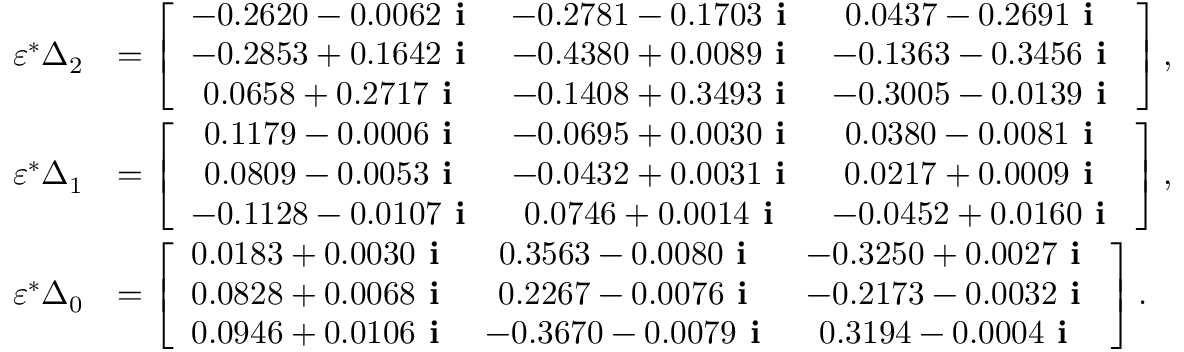
\begin{array} { r l } { \varepsilon ^ { * } \Delta _ { 2 } } & { = \left[ \begin{array} { c c c } { - 0 . 2 6 2 0 - 0 . 0 0 6 2 \textbf { i } } & { - 0 . 2 7 8 1 - 0 . 1 7 0 3 \textbf { i } } & { 0 . 0 4 3 7 - 0 . 2 6 9 1 \textbf { i } } \\ { - 0 . 2 8 5 3 + 0 . 1 6 4 2 \textbf { i } } & { - 0 . 4 3 8 0 + 0 . 0 0 8 9 \textbf { i } } & { - 0 . 1 3 6 3 - 0 . 3 4 5 6 \textbf { i } } \\ { 0 . 0 6 5 8 + 0 . 2 7 1 7 \textbf { i } } & { - 0 . 1 4 0 8 + 0 . 3 4 9 3 \textbf { i } } & { - 0 . 3 0 0 5 - 0 . 0 1 3 9 \textbf { i } } \end{array} \right] , } \\ { \varepsilon ^ { * } \Delta _ { 1 } } & { = \left[ \begin{array} { c c c } { 0 . 1 1 7 9 - 0 . 0 0 0 6 \textbf { i } } & { - 0 . 0 6 9 5 + 0 . 0 0 3 0 \textbf { i } } & { 0 . 0 3 8 0 - 0 . 0 0 8 1 \textbf { i } } \\ { 0 . 0 8 0 9 - 0 . 0 0 5 3 \textbf { i } } & { - 0 . 0 4 3 2 + 0 . 0 0 3 1 \textbf { i } } & { 0 . 0 2 1 7 + 0 . 0 0 0 9 \textbf { i } } \\ { - 0 . 1 1 2 8 - 0 . 0 1 0 7 \textbf { i } } & { 0 . 0 7 4 6 + 0 . 0 0 1 4 \textbf { i } } & { - 0 . 0 4 5 2 + 0 . 0 1 6 0 \textbf { i } } \end{array} \right] , } \\ { \varepsilon ^ { * } \Delta _ { 0 } } & { = \left[ \begin{array} { c c c } { 0 . 0 1 8 3 + 0 . 0 0 3 0 \textbf { i } } & { 0 . 3 5 6 3 - 0 . 0 0 8 0 \textbf { i } } & { - 0 . 3 2 5 0 + 0 . 0 0 2 7 \textbf { i } } \\ { 0 . 0 8 2 8 + 0 . 0 0 6 8 \textbf { i } } & { 0 . 2 2 6 7 - 0 . 0 0 7 6 \textbf { i } } & { - 0 . 2 1 7 3 - 0 . 0 0 3 2 \textbf { i } } \\ { 0 . 0 9 4 6 + 0 . 0 1 0 6 \textbf { i } } & { - 0 . 3 6 7 0 - 0 . 0 0 7 9 \textbf { i } } & { 0 . 3 1 9 4 - 0 . 0 0 0 4 \textbf { i } } \end{array} \right] . } \end{array}